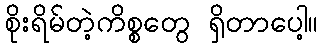
စိုးရိမ်တဲ့ကိစ္စတွေ ရှိတာပေါ့။